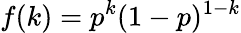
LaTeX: f(k)=p^{k}(1-p)^{1-k}